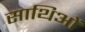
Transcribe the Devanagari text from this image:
साथिओं